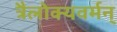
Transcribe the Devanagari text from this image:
त्रैलोक्यवर्मन्‌